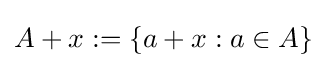
A+x:=\{a+x:a\in A\}